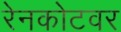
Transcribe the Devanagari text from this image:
रेनकोटवर